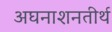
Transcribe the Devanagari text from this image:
अघनाशनतीर्थ